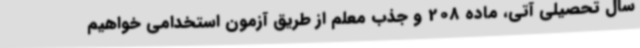
سال تحصیلی آتی، ماده 208 و جذب معلم از طریق آزمون استخدامی خواهیم